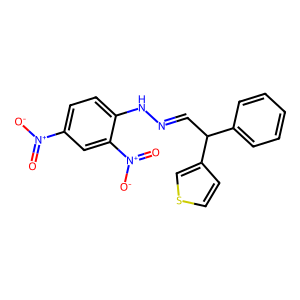
SMILES: O=[N+]([O-])c1ccc(NN=CC(c2ccccc2)c2ccsc2)c([N+](=O)[O-])c1
Inhibits HIV replication: No